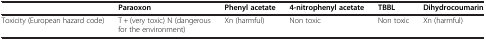
<table><thead><tr><td><b> </b></td><td><b>Paraoxon</b></td><td><b>Phenyl acetate</b></td><td><b>4-nitrophenyl acetate</b></td><td><b>TBBL</b></td><td><b>Dihydrocoumarin</b></td></tr></thead><tbody><tr><td>Toxicity (European hazard code)</td><td>T + (very toxic) N (dangerous for the environment)</td><td>Xn (harmful)</td><td>Non toxic</td><td>Non toxic</td><td>Xn (harmful)</td></tr></tbody></table>